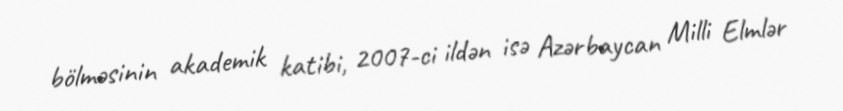
bölməsinin akademik katibi, 2007-ci ildən isə Azərbaycan Milli Elmlər